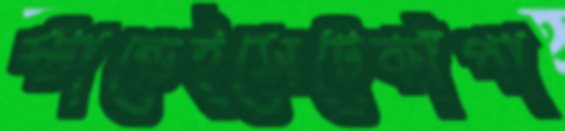
স্টান্ডেইসেটেকাঁপা